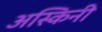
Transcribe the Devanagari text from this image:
अस्किनी